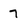
Character: 7